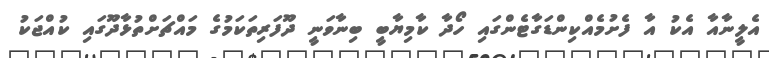
އެލީނާއާ އެކު އާ ފެށުމެއްކިންޑަގާޓެންގައި ހޯދާ ކާމިޔާބީ ބިނާވަނީ ދޫފަރިތަކަމުގެ މައްޗަށްތުޅާދޫގައި ކުއްޖަކު